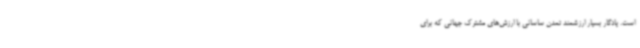
است. یادگار بسیار ارزشمند تمدن ساسانی با ارزش‌های مشترک جهانی که برای